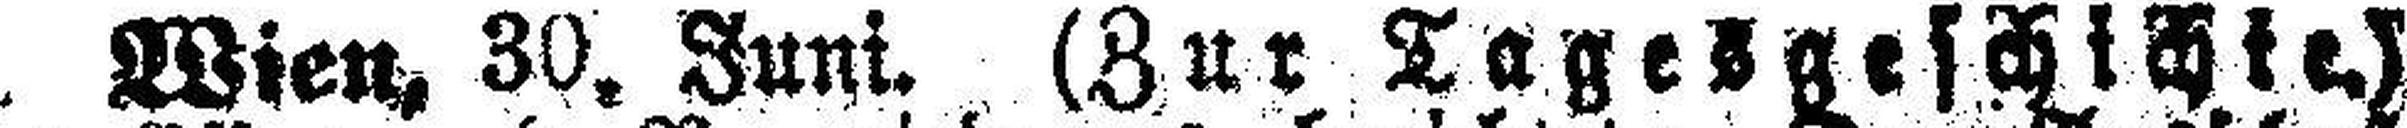
Wien, 30. Juni. (Zur Tagesgeschichte.)